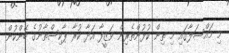
މި މައްސަލާގައި މި ތިން ކުޅުންތެރިން ވަޒީފާ އަދާ ކުރާ ޕާކިސްތާނުގެ ބޭންކުން